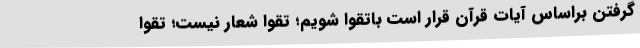
گرفتن براساس آیات قرآن قرار است باتقوا شویم؛ تقوا شعار نیست؛ تقوا